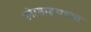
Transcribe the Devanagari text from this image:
फोरसाइथच्या